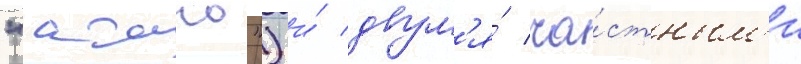
"атаго") и́ двум'я́ ча́стным'и